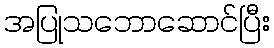
အပြုသဘောဆောင်ပြီး